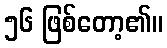
၅၆ ဖြစ်တော့၏။